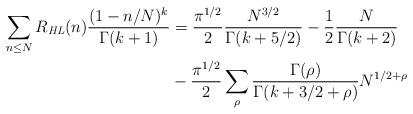
LaTeX: \begin{align*} \sum_{n \le N} R_{\textit{HL}}(n) \frac{(1 - n/N)^k}{\Gamma(k + 1)} &= \frac{\pi^{1 / 2}}2 \frac{N^{3 / 2}}{\Gamma(k + 5 / 2)} - \frac 12 \frac{N}{\Gamma(k + 2)} \\ & - \frac{\pi^{1 / 2}}2 \sum_{\rho} \frac{\Gamma(\rho)}{\Gamma(k + 3 / 2 + \rho)} N^{1 / 2 + \rho} \end{align*}